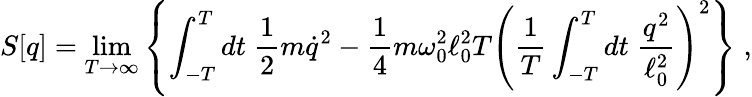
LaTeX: S[q]=\operatorname*{lim}_{T\rightarrow\infty}\left\{ \int_{-T}^{T}dt\; \frac 12m\dot{q}^{2}-\frac 14m\omega_{0}^{2}\ell_{0}^{2}T\left({\frac{1}{T}}\int_{-T}^{T}dt\; {\frac{q^{2}}{\ell_{0}^{2}}}\right)^{2}\right\} \; ,